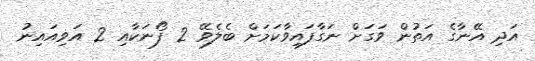
އަދި އޭނާގެ އަތުން ވަގަށް ނަގާފައިވާކަމަށް ބެލެވޭ 2 ފޯނަކާއި 2 އަވިއައިނު